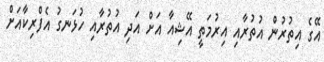
އޭގެ އިތުރުން އުތުރާއި އިރުމަތީ އޭޝިއާ އަށް އަދި އުތުރާއި ހުޅަނގު އެފްރިކާއަށް